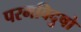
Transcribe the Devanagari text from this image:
परमविदुषो